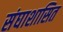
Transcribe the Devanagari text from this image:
संघाशासित